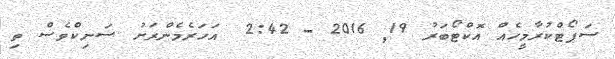
ސަޕޯޓްކުރާމީހެއް އޮކްޓޯބަރު 19